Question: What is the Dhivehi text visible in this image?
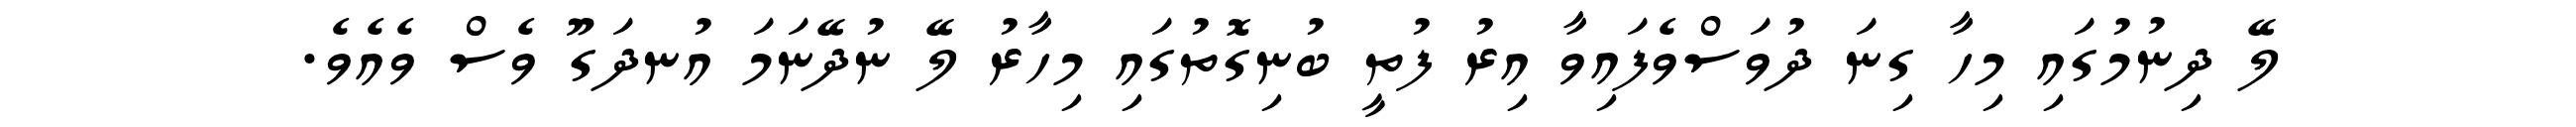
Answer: ލޭ ދިނުމުގައި މިހާ ގިނަ ދުވަސްވެފައިވާ އިރު ފުތީ ބުނިގޮތުގައި މިހާރު ލޭ ނުދޭނަމަ އުނދަގޫ ވެސް ވެއެވެ.